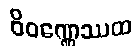
ဝိဝဏ္ဏေဿထ